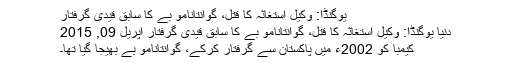
یوگنڈا: وکیل استغاثہ کا قتل، گوانتانامو بے کا سابق قیدی گرفتار
دنیا یوگنڈا: وکیل استغاثہ کا قتل، گوانتانامو بے کا سابق قیدی گرفتار اپریل 09, 2015
کیمبا کو 2002ء میں پاکستان سے گرفتار کرکے، گوانتانامو بے بھیجا گیا تھا۔